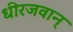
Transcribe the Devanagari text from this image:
धीरजवान्